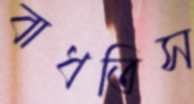
বাধতিস